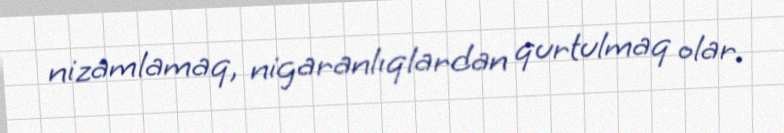
nizamlamaq, nigaranlıqlardan qurtulmaq olar.